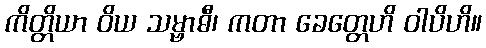
ကိတ္တိယာ ဝိယ သမ္ဗာဓီ၊ ကတာ ခေတ္တေဟိ ဝါပိဟိ။